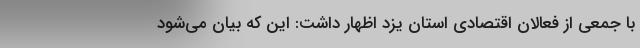
با جمعی از فعالان اقتصادی استان یزد اظهار داشت: این که بیان می‌شود